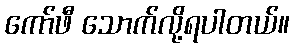
ကော်ဖီ သောက်လို့ရပါတယ်။